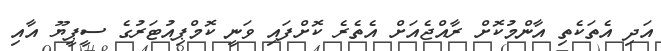
އަދި އެތަކެތި އާންމުކޮށް ރާއްޖެއަށް އެތެރެ ކޮށްފައި ވަނީ ކޮމްޕިއުޓަރުގެ ސީޕީޔޫ އާއި